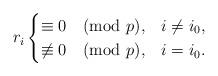
LaTeX: \begin{align*}r_i\begin{cases}\equiv 0 \pmod{p}, & i \neq i_0, \\\not \equiv 0 \pmod{p}, & i = i_0.\end{cases}\end{align*}